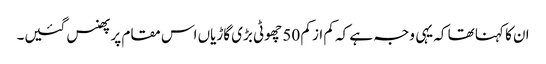
ان کا کہنا تھا کہ یہی وجہ ہے کہ کم از کم 50 چھوٹی بڑی گاڑیاں اس مقام پر پھنس گئیں۔